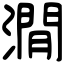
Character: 㵎